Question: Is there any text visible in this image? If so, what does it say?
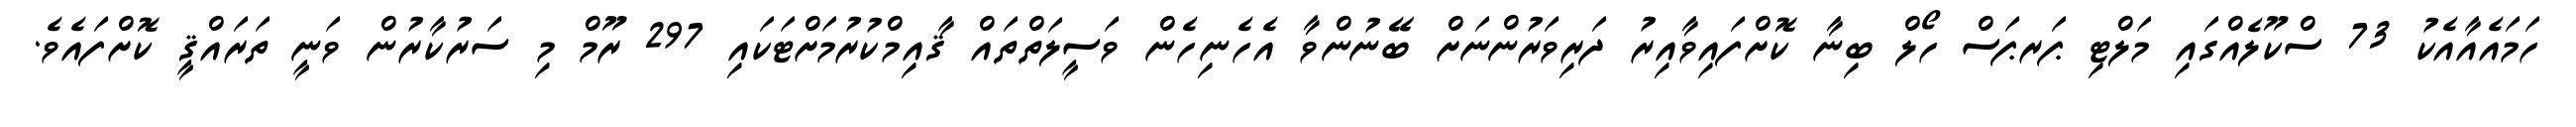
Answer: ހަމައެއާއެކު 73 ސްކޫލެއްގައި މަލްޓި ޕަރޕަސް ހޯލް ބިނާ ކޮށްފައިވާއިރު ދަރިވަރުންނަށް ބޭނުންވާ އެހެނިހެން ވަސީލަތްތައް ޤާއިމްކުރުމަށްޓަކައި 297 ރޫމް މި ސަރުކާރުން ވަނީ ތަރައްޤީ ކޮށްފައެވެ.